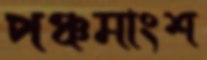
পঞ্চমাংশ